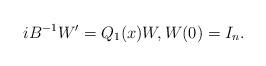
LaTeX: \begin{align*} i B^{-1} W' = Q_1(x) W, W(0)=I_n.\end{align*}